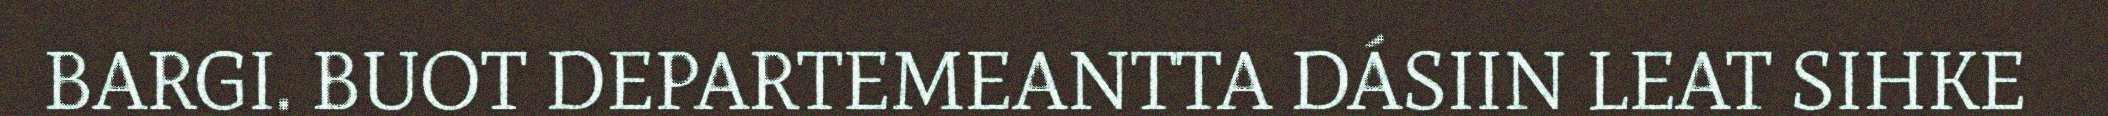
BARGI. BUOT DEPARTEMEANTTA DÁSIIN LEAT SIHKE